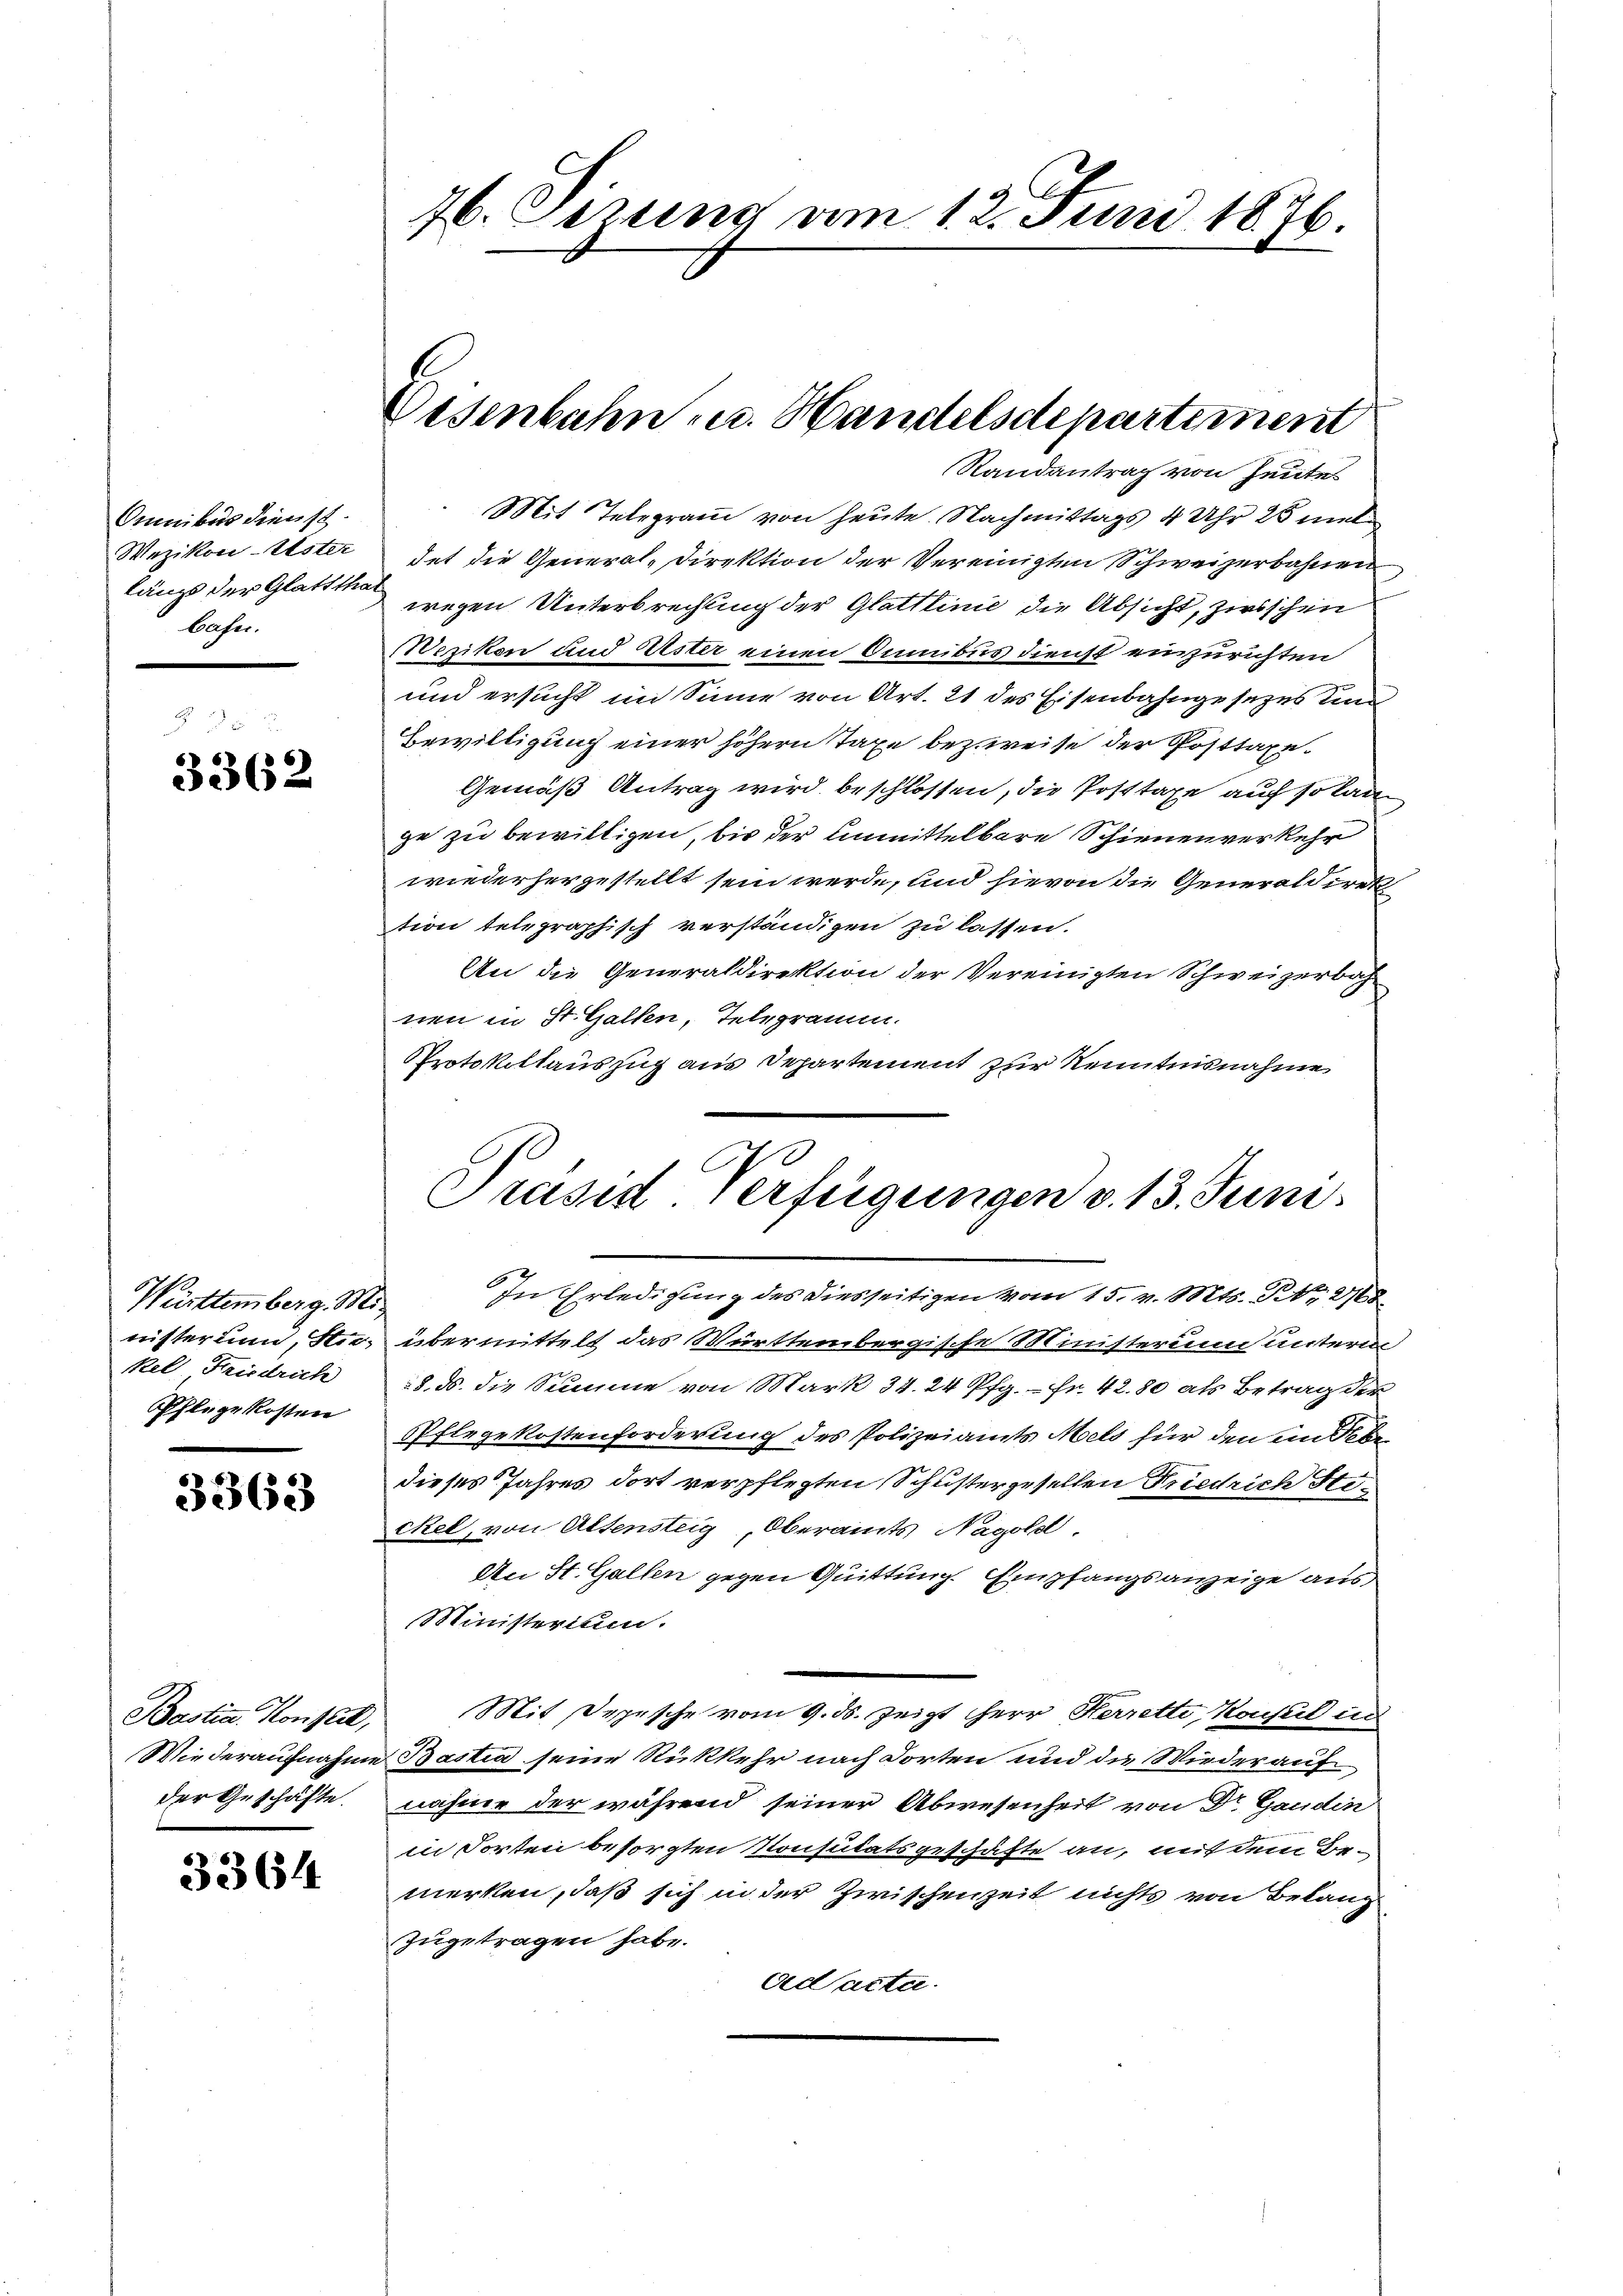
Omnibus dienst.
Wezikon-Uster
längs der Glatttha
Cafe.

3362

Württemberg. Ministerium, Stiekel, Friedrich
Pflege kosten

3363

Bastin Konflet,
Wiederaufnahme
der Geschäfte.

3364

76. Dezung vom 12. Juni 1876.

Eisenbahn u. Handelsdepartement
Randantrag von Heute

Mit Telegram von heute Nachmittags 4 Uhr 25 mit
det die General-Direktion der Vereinigten Schweizerbahnen
wegen Unterbrechung der Glattlinie die Absicht, zirsschen
Wenken und Kister einen Sumibus dienst einzurichten
und ersucht im Sinne von Art. 21 des Eisenbahngesetzes und
Bewilligung einer höhern Taxe bezweise der Posttaxe¬
Gemäß Antrag wird beschlossen, die Posttaxe auf so lan
ge zu bewilligen, bis der Unmittelbare Schienenverkehr
wiederhergestellt sein werde, und hievon die Generaldiret
tion telegraphisch verständigen zu lassen.
An die Generaldirektion der Vereinigten Schweizerbach
nen in St. Gallen, Telegramm.
Protokollauszug aus Departement zur Kenntnisnahme
übermittelt das Württembergische Ministerium unterm
8. ds. die Summe von Mark 34. 24 Pfg. - Fr. 42. 80 als Betrag der
PPflegekostenforderung des Polizeiamts Mels für den ein Nebe
dieses Jahres dort verpflegten Schustergesellen Friedrich Stickel, von Altensteig, Oberamts Nagold.
An St. Gallen gegen Quittung Empfangsanzeige aus,
Ministerium.
Mit Depesche vom 9. ds. zeigt Herr Herrette Konsul in
Bastia seine Rückkehr nach dorten und die Wieder aufnahme der während seiner Abwesenheit von Dr Gaudin
in Torten besorgten Konsulatsgeschäfte an, mit dem Bemerken, daß sich in der Zwischenzeit nichts von Belang
zugetragen habe.
ad acta.

C
Präsid Verfügungen v. 13. Juni
In Erledigung des diesseitigen vom 15. v. Mts. No. 2168